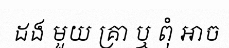
ដង មួយ គ្រា ឬ ពុំ អាច